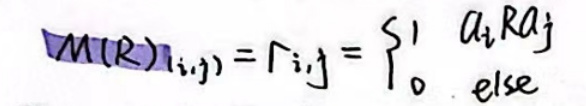
\(M(R)_{i,j} = r_{i,j} = \left\{ \begin{array}{ll} a_i R a_j & \\ 0 & \text{else} \end{array} \right.\)